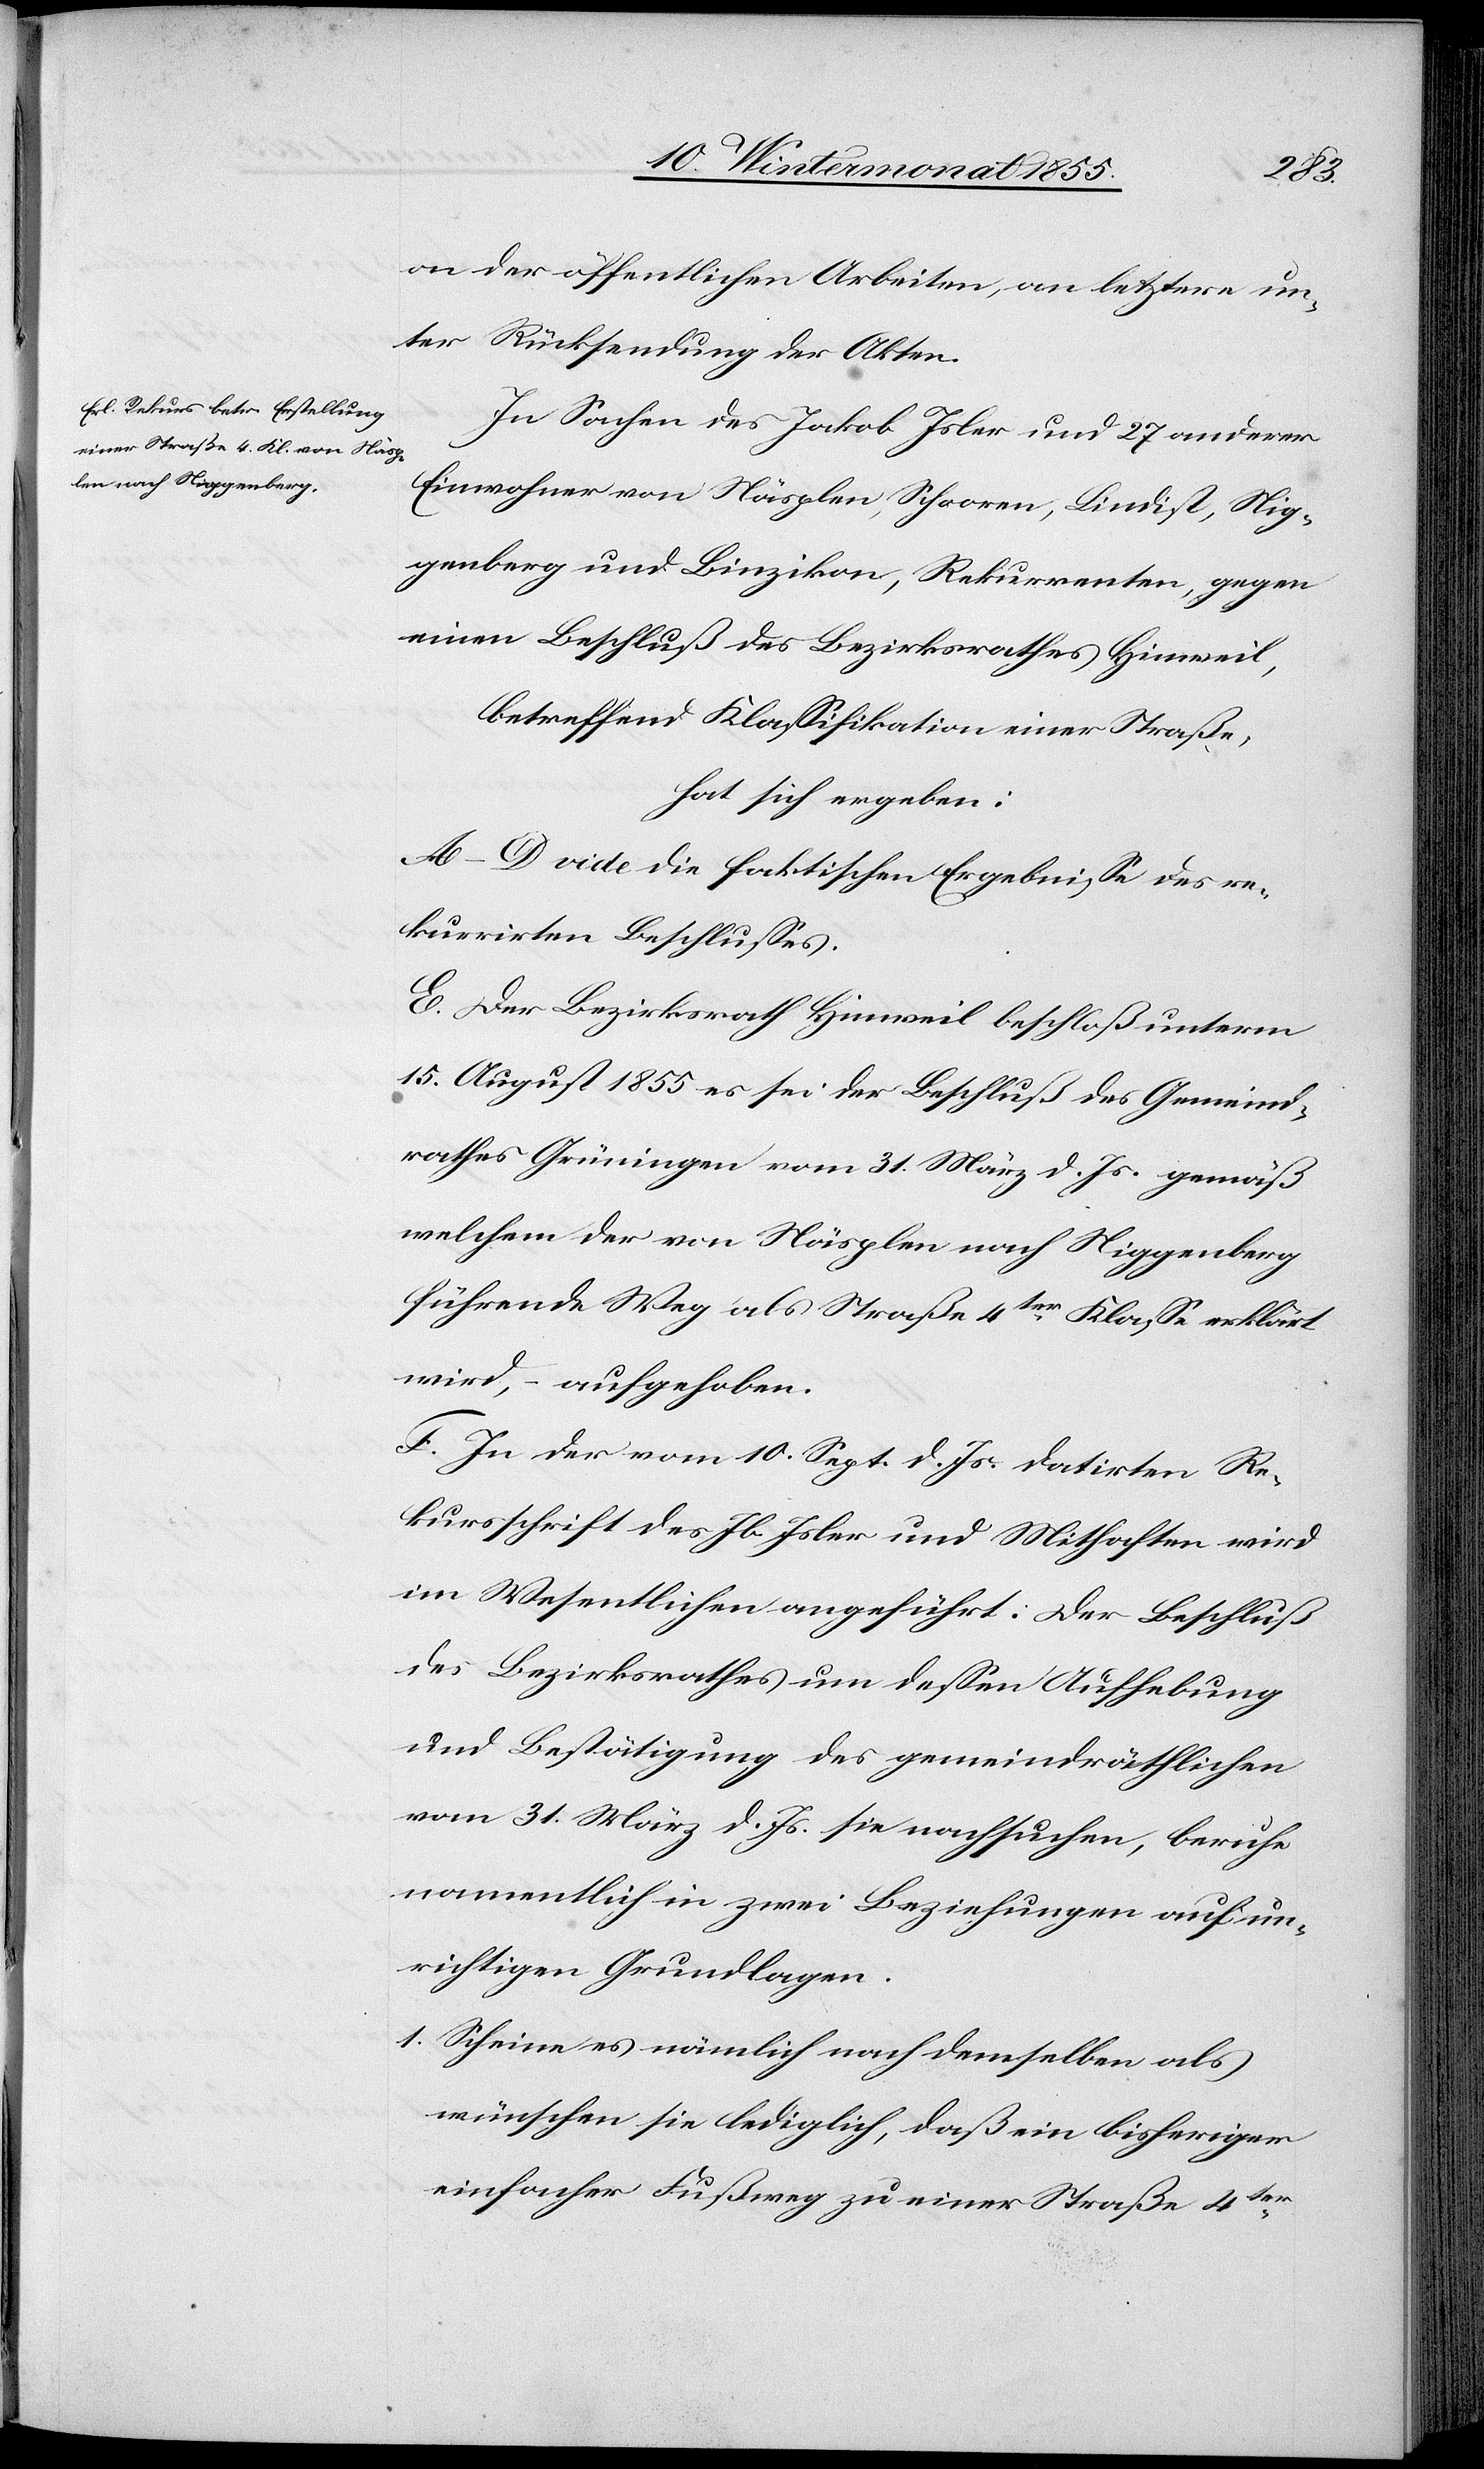
on der öffentlichen Arbeiten, an letztere un¬
ter Rücksendung der Akten.
In Sachen des Jakob Isler und 27 anderer
Einwohner von Näsplen, Schooren, Lindist, Nig¬
genberg und Binzikon, Rekurrenten, gegen
einen Beschluß des Bezirksrathes Hinweil,
betreffend Klassifikation einer Straße,
hat sich ergeben:
A–D vide die faktischen Ergebnisse des re¬
kurrirten Beschlusses.
E. Der Bezirksrath Hinweil beschloß unterm
15. August 1855 es sei der Beschluß des Gemeind¬
rathes Grüningen vom 31. März d. Js. gemäß
welchem der von Näsplen nach Niggenberg
führende Weg als Straße 4ter Klasse erklärt
wird, – aufgehoben.
F. In der vom 10. Sept. d. Js. datirten Re¬
kursschrift des Jb. Isler und Mithaften wird
im Wesentlichen angeführt: Der Beschluß
des Bezirksrathes um dessen Aufhebung
und Bestätigung des gemeindräthlichen
vom 31. März d. Js. sie nachsuchen, beruhe
namentlich in zwei Beziehungen auf un¬
richtigen Grundlagen.
Scheine es nämlich nach demselben als
wünschen sie lediglich, daß ein bisheriger
einfacher Fußweg zu einer Straße 4ter